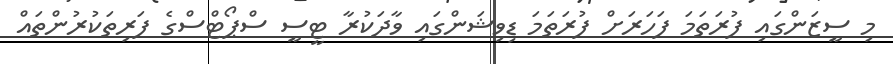
މި ސީޒަންގައި ފުރަތަމަ ފަހަރަށް ފުރަތަމަ ޑިވިޝަންގައި ވާދަކުރާ ޓީސީ ސްޕޯޓްސްގެ ފަރިތަކުރުންތައް